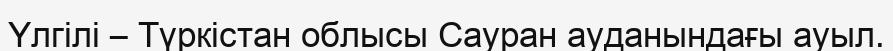
Үлгілі – Түркістан облысы Сауран ауданындағы ауыл.